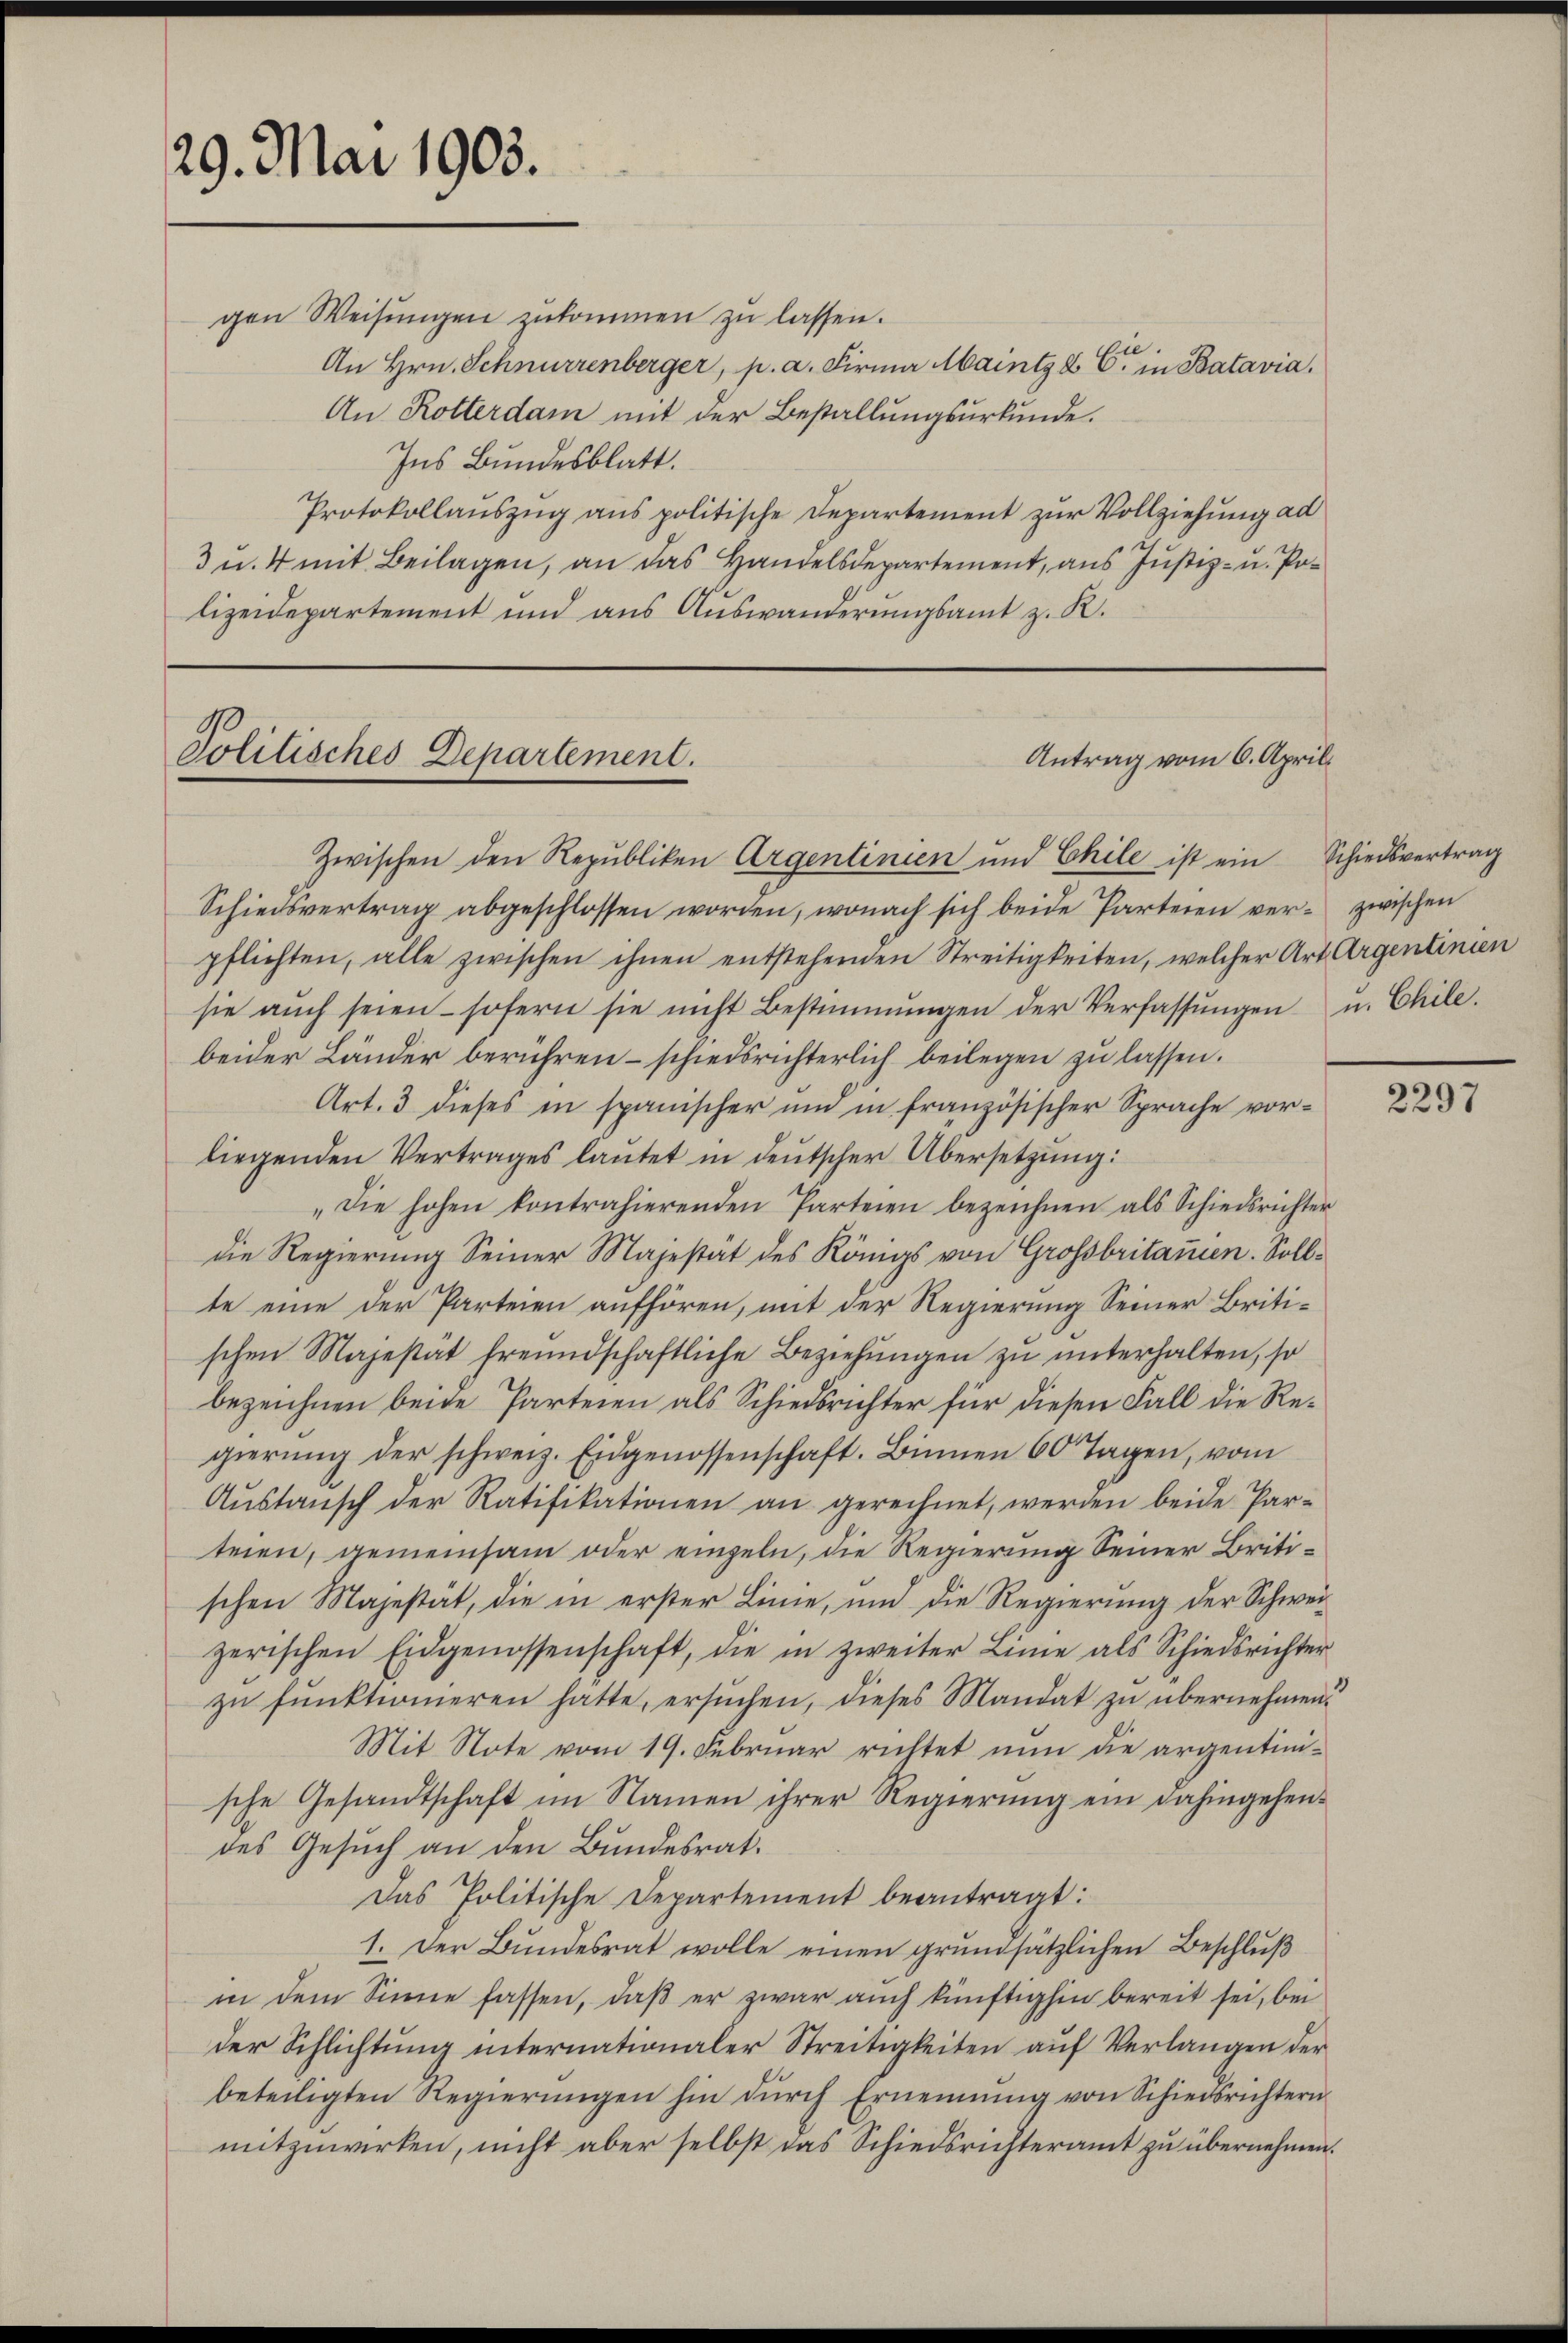
29. Mai 1903.

gen Weisŭngen zukommen zu lassen.
An Hrn. Schnurrenberger, p. a. Firma Maintz 2 C. in Batavia,
An Rotterdam mit der Bestallungsurkunde.
Ins Bundesblatt.
Protokollauszug aus politische Departement zur Vollziehung ad
3 u. 4 mit Beilagen, an das Handelsdepartement, aus Justiz- u. Polizeidepartement und aus Auswanderungsamt z. R.

Politisches Departement.
Antrag vom 6. April.

Zwischen den Republiken Argentinien und Chile ist ein Schiedsvertrag
Schiedsvertrag abgeschlossen worden, wonach sich beide Parteien ver- zwischen
pflichten, alle zwischen ihnen entstehenden Streitigkeiten, welcher Art Argentinien
sie aŭch seien sofern sie nicht Bestimmungen der Verfassŭngen u. Chile.
beider Länder berühren – schiedsrichterlich beilegen zu lassen.
Art. 3 dieses in spanischer und in französischer Sprache vor-
liegenden Vertrages lautet in deutscher Übersetzung:
"Die hohen kontrahierenden Parteien bezeichnen als Schiedsrichter
die Regierung Seiner Majestät des Königs von Grossbritanen. Sollte eine der Parteien aufhören, mit der Regierung Seiner Britischen Majestät freundschaftliche Beziehungen zu unterhalten, so
bezeichnen beide Parteien als Schiedsrichter für diesen Fall die Regierung der schweiz. Eidgenossenschaft. Binnen 60 Tagen, vom
Aŭstausch der Ratifikationen an gerechnet, werden beide Parteien, gemeinsam oder einzeln, die Regierung Seiner Britischen Majestät, die in erster Linie, und die Regierung der Schweizerischen Eidgenossenschaft, die in zweiter Linie als Schiedsrichter
zu funktionieren hatte, ersŭchen, dieses Mandat zu übernehmen
Mit Note vom 19. Februar richtet nun die argentinsche Gesandtschaft im Namen ihrer Regierung ein dahingehendes Gesuch an den Bundesrat¬
Das Politische Departement beantragt:
1. Der Bundesrat wolle einen grundsätzlichen Beschluß
in dem Sinne fassen, daß er zwar auch künftighin bereit sei, bei
der Schlichtŭng internationaler Streitigkeiten aŭf Verlangen der
beteiligten Regierŭngen hin dŭrch Ernennung von Schiedsrichtern
mitzuwirken, nicht aber selbst das Schiedsrichteramt zu übernehmen.

2297